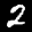
Label: 2